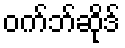
ဝက်ဘ်ဆိုဒ်